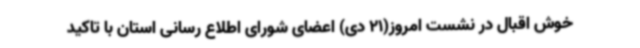
خوش اقبال در نشست امروز(21 دی) اعضای شورای اطلاع رسانی استان با تاکید